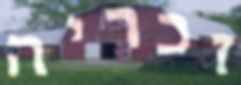
זכריה